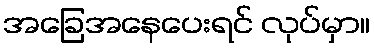
အခြေအနေပေးရင် လုပ်မှာ။